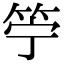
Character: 䇡